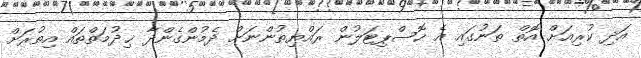
އަދި ކުރިއަށް އޮތް ތަނުގައި އެ ހޮސްޕިޓަލުން ރައްޔިތުންނަށް ދެމުންގެންދާ ޚިދުމަތްތައް އިތުރަށް